Report of the Hyderabad Chloroform Commission
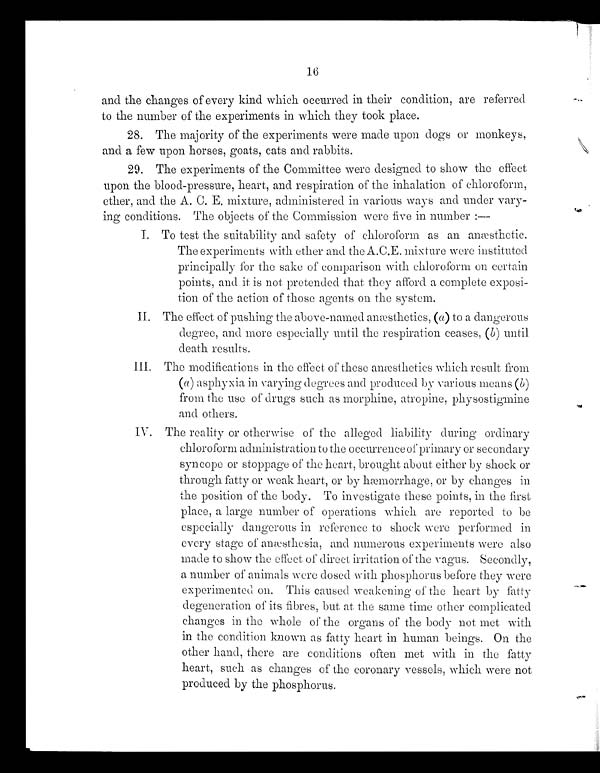
16
and the changes of every kind which occurred in their condition, are referred
to the number of the experiments in which they took place.
28. The majority of the experiments were made upon dogs or monkeys,
and a few upon horses, goats, cats and rabbits.
29. The experiments of the Committee were designed to show the effect
upon the blood-pressure, heart, and respiration of the inhalation of chloroform,
ether, and the A. C. E. mixture, administered in various ways and under vary-
ing conditions. The objects of the Commission were five in number
: —
To test the suitability and safety of chloroform as an anæsthetic.
The experiments with ether and the A.C.E. mixture were instituted
principally for the sake of comparison with chloroform on certain
points, and it is not pretended that they afford a complete exposi-
tion of the action of those agents on the system.
II. The effect of pushing the above-named amæsthetics, (a) to a dangerous
degree, and more especially until the respiration ceases, (b) until
death results.
III. The modifications in the effect of these anæsthetics which result from
(a) asphyxia in varying degrees and produced by various means ( b
) f r o m t h e u s e o f d r u g s s u c h a s m o r p h i n e , a t r o p i n e , p h y s o s t i g m i n e
and others.
IV. The reality or otherwise of the alleged liability during ordinary
chloroform administration to the occurrence of primary or secondary
syncope or stoppage of the heart, brought about either by shock or
through fatty or weak heart, or by hæmorrhage, or by changes in
the position of the body. To investigate these points, in the first
place, a large number of operations which are reported to be
especially dangerous in reference to shock were performed in
every stage of anæsthesia, and numerous experiments were also
made to show the effect of direct irritation of the vagus. Secondly,
a number of animals were dosed with phosphorus before they were
experimented on. This caused weakening of the heart by fatty
degeneration of its fibres, but at the same time other complicated
changes in the whole of the organs of the body not met with
in the condition known as fatty heart in human beings. On the
other hand, there are conditions often met with in the fatty
heart, such as changes of the coronary vessels, which were not
produced by the phosphorus.